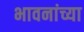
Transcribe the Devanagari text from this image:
भावनांच्या